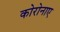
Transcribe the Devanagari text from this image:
कोरोनाए